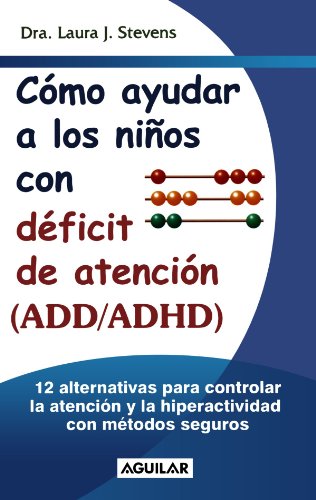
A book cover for CÃ³mo ayudar a los niÃ±os con ADD y ADHD (Spanish Edition); Laura J. Stevens; Parenting & Relationships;